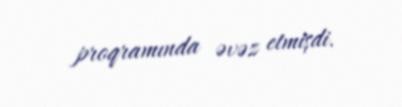
proqramında əvəz etmişdi.